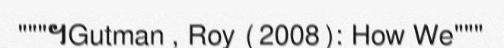
"""។Gutman , Roy (2008): How We"""